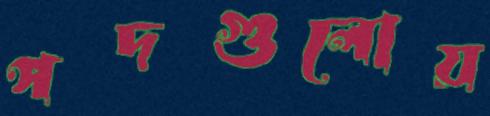
পদগুলোয়